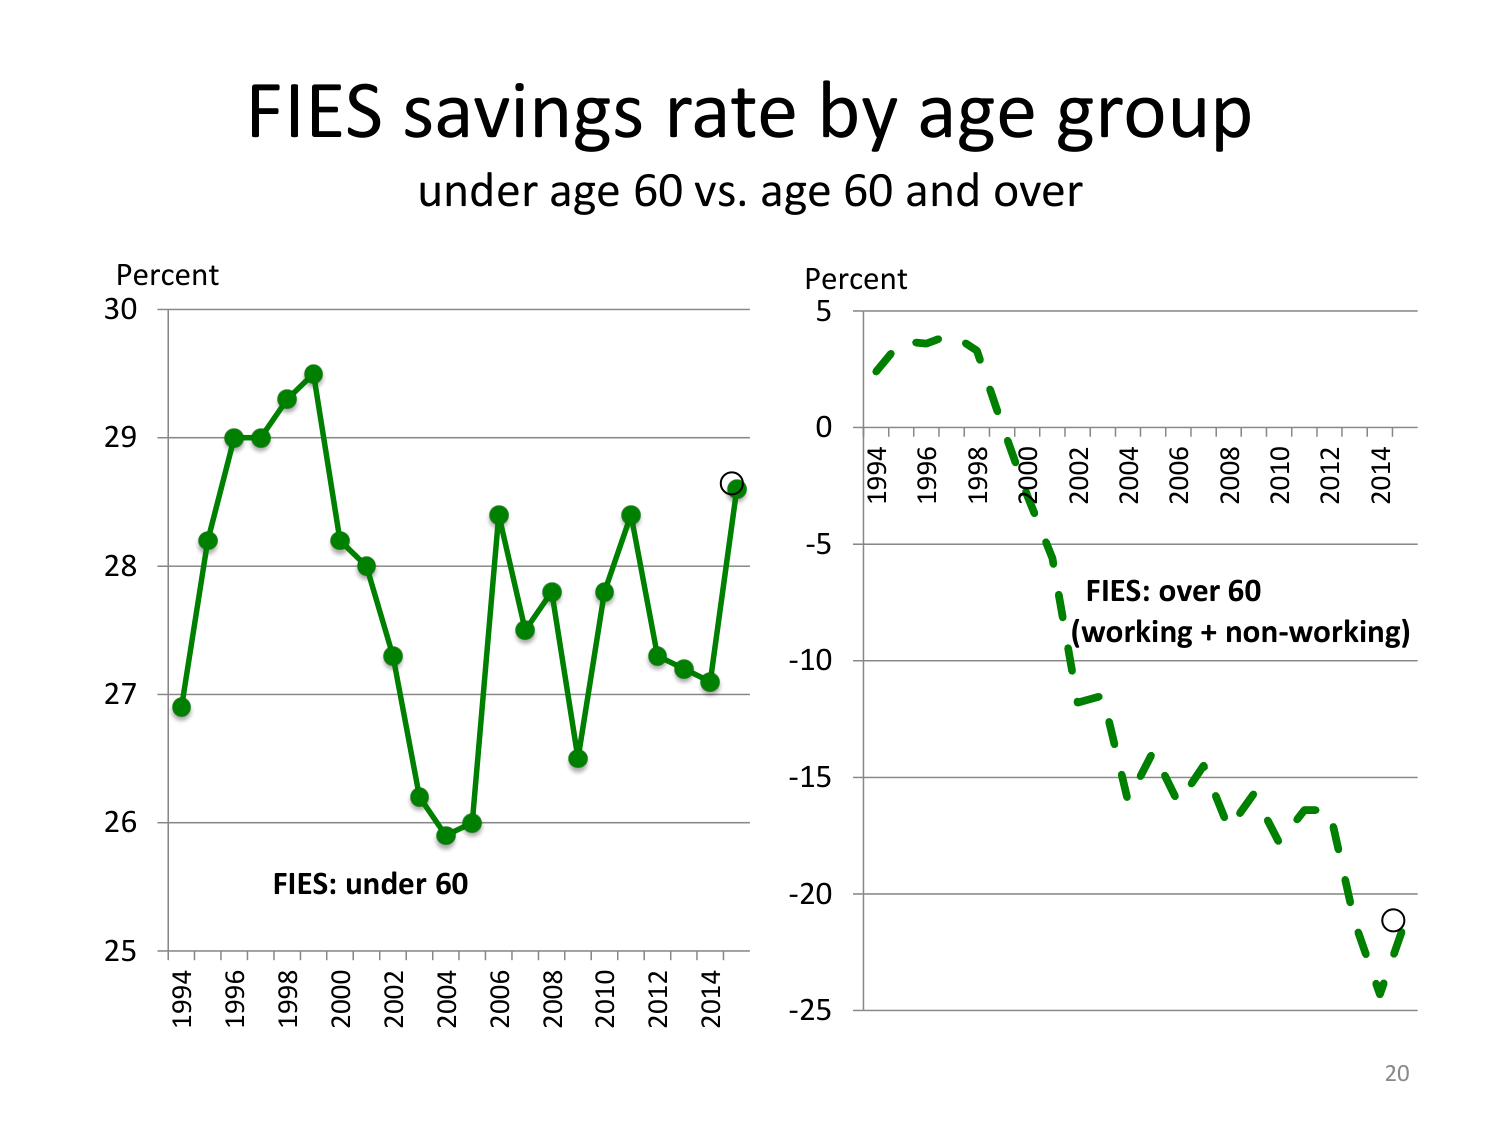
FIES savings rate by age group
under age 60 vs. age 60 and over
Percent
30
29
28
27
26
25
1994 1996 1998 2000 2002 2004 2006 2008 2010 2012 2014
FIES: under 60
Percent
5
0
-5
-10
-15
-20
-25
1994 1996 1998 2000 2002 2004 2006 2008 2010 2012 2014
FIES: over 60
(working + non-working)
20